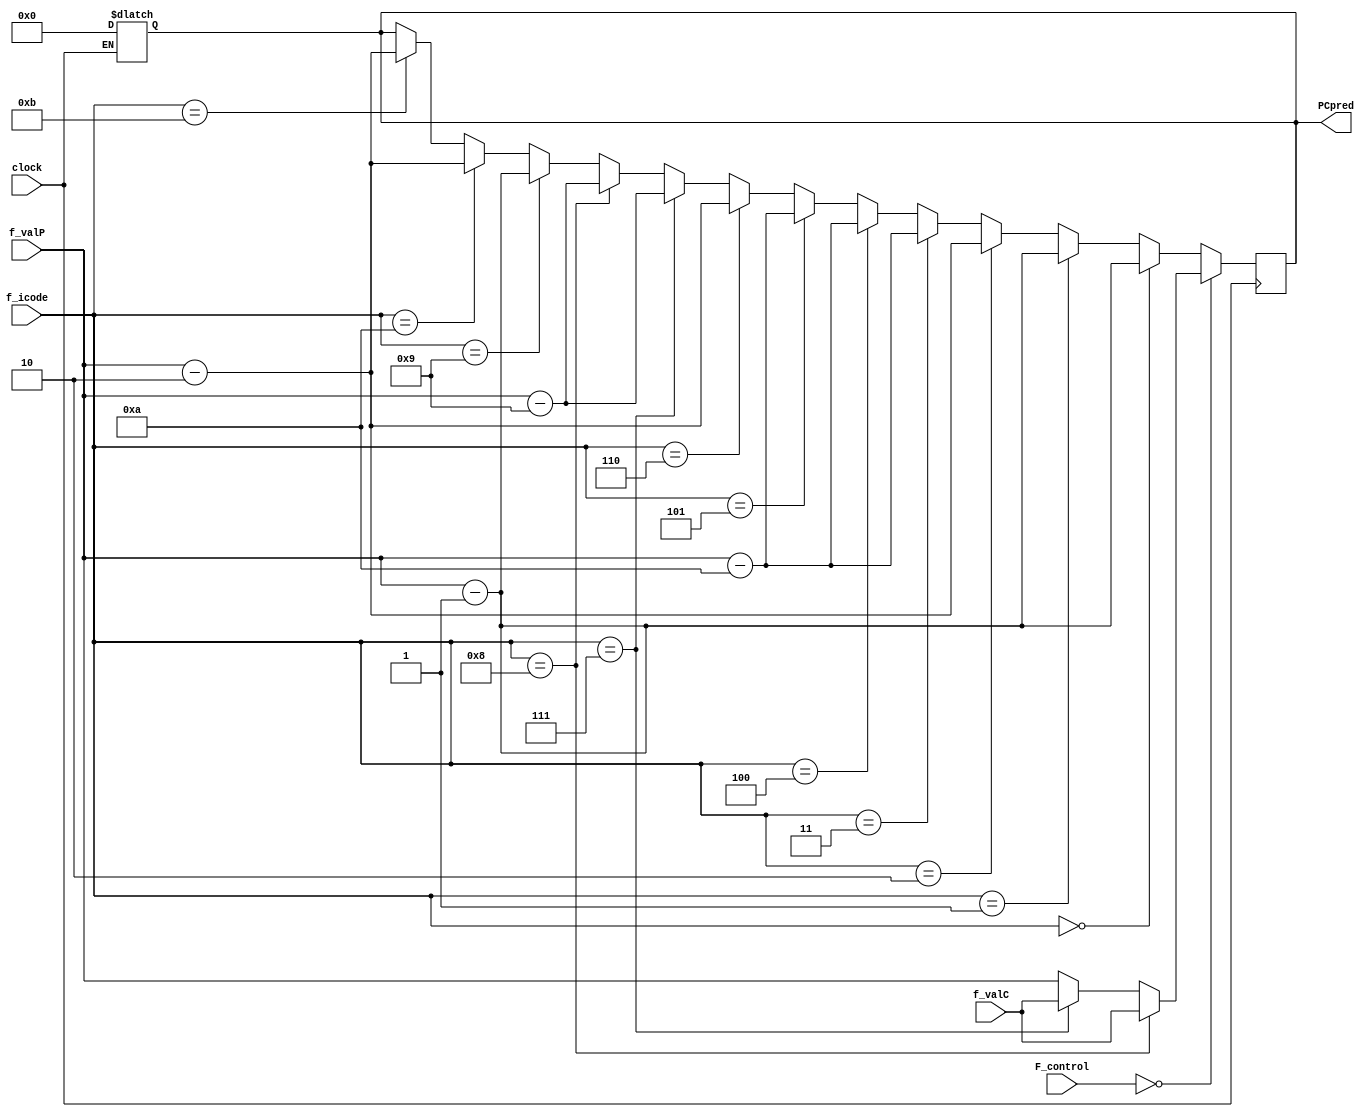
`timescale 1ns/10ps
module PCPredict (clock, F_control, f_icode, f_valC, f_valP, PCpred);
  // inputs
  input clock;
  input [ 3:0] f_icode;
  input [63:0] f_valC;
  input [63:0] f_valP;
  input [63:0] F_control;
  // outputs
  output reg [63:0] PCpred;

  // icodes
  reg [3:0] codeHalt   = 4'b0000;// 0
  reg [3:0] codeNop    = 4'b0001;// 1
  reg [3:0] codeCmovXX = 4'b0010;// 2
  reg [3:0] codeIRmovq = 4'b0011;// 3
  reg [3:0] codeRMmovq = 4'b0100;// 4
  reg [3:0] codeMRmovq = 4'b0101;// 5
  reg [3:0] codeOPq    = 4'b0110;// 6
  reg [3:0] codeJXX    = 4'b0111;// 7
  reg [3:0] codeCall   = 4'b1000;// 8
  reg [3:0] codeRet    = 4'b1001;// 9
  reg [3:0] codePushq  = 4'b1010;// A
  reg [3:0] codePopq   = 4'b1011;// B

  always @(*)begin
    if (clock == 0) begin
      PCpred = 0;end
  end

  always@(negedge clock)begin
    if (F_control == 0) begin
      if (f_icode == codeCall) begin
        PCpred = f_valC; end
      else if (f_icode == codeJXX) begin
        PCpred = f_valC; end
      else begin
        PCpred = f_valP; end
    end
    else begin // F is stalled
      case(f_icode)
      codeHalt:begin
        PCpred = f_valP - 1;
      end
      codeNop:begin
        PCpred = f_valP - 1;
      end
      codeCmovXX:begin
        PCpred = f_valP - 2;
      end
      codeIRmovq:begin
        PCpred = f_valP - 10;
      end
      codeRMmovq:begin
        PCpred = f_valP - 10;
      end
      codeMRmovq:begin
        PCpred = f_valP - 10;
      end
      codeOPq:begin
        PCpred = f_valP - 2;
      end
      codeJXX:begin
        PCpred = f_valP - 9;
      end
      codeCall:begin
        PCpred = f_valP - 9;
      end
      codeRet:begin
        PCpred = f_valP - 1;
      end
      codePushq:begin
        PCpred = f_valP - 2;
      end
      codePopq:begin
        PCpred = f_valP - 2;
      end
      
    endcase
    end
  end
endmodule